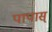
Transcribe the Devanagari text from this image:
पापास्